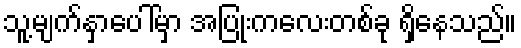
သူ့မျက်နှာပေါ်မှာ အပြုံးကလေးတစ်ခု ရှိနေသည်။